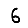
Digit: 6